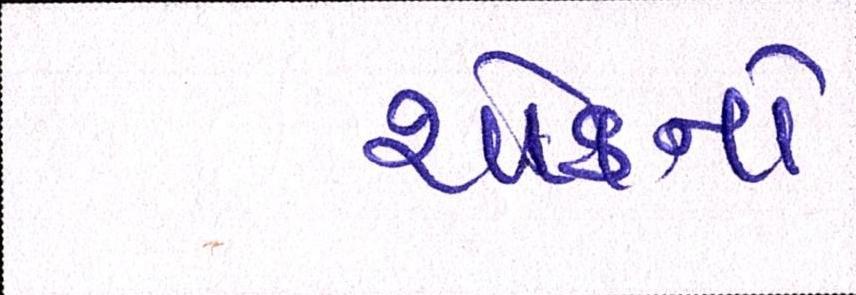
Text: શોકનો